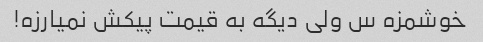
خوشمزه س ولی دیگه به قیمت پیکش نمیارزه!